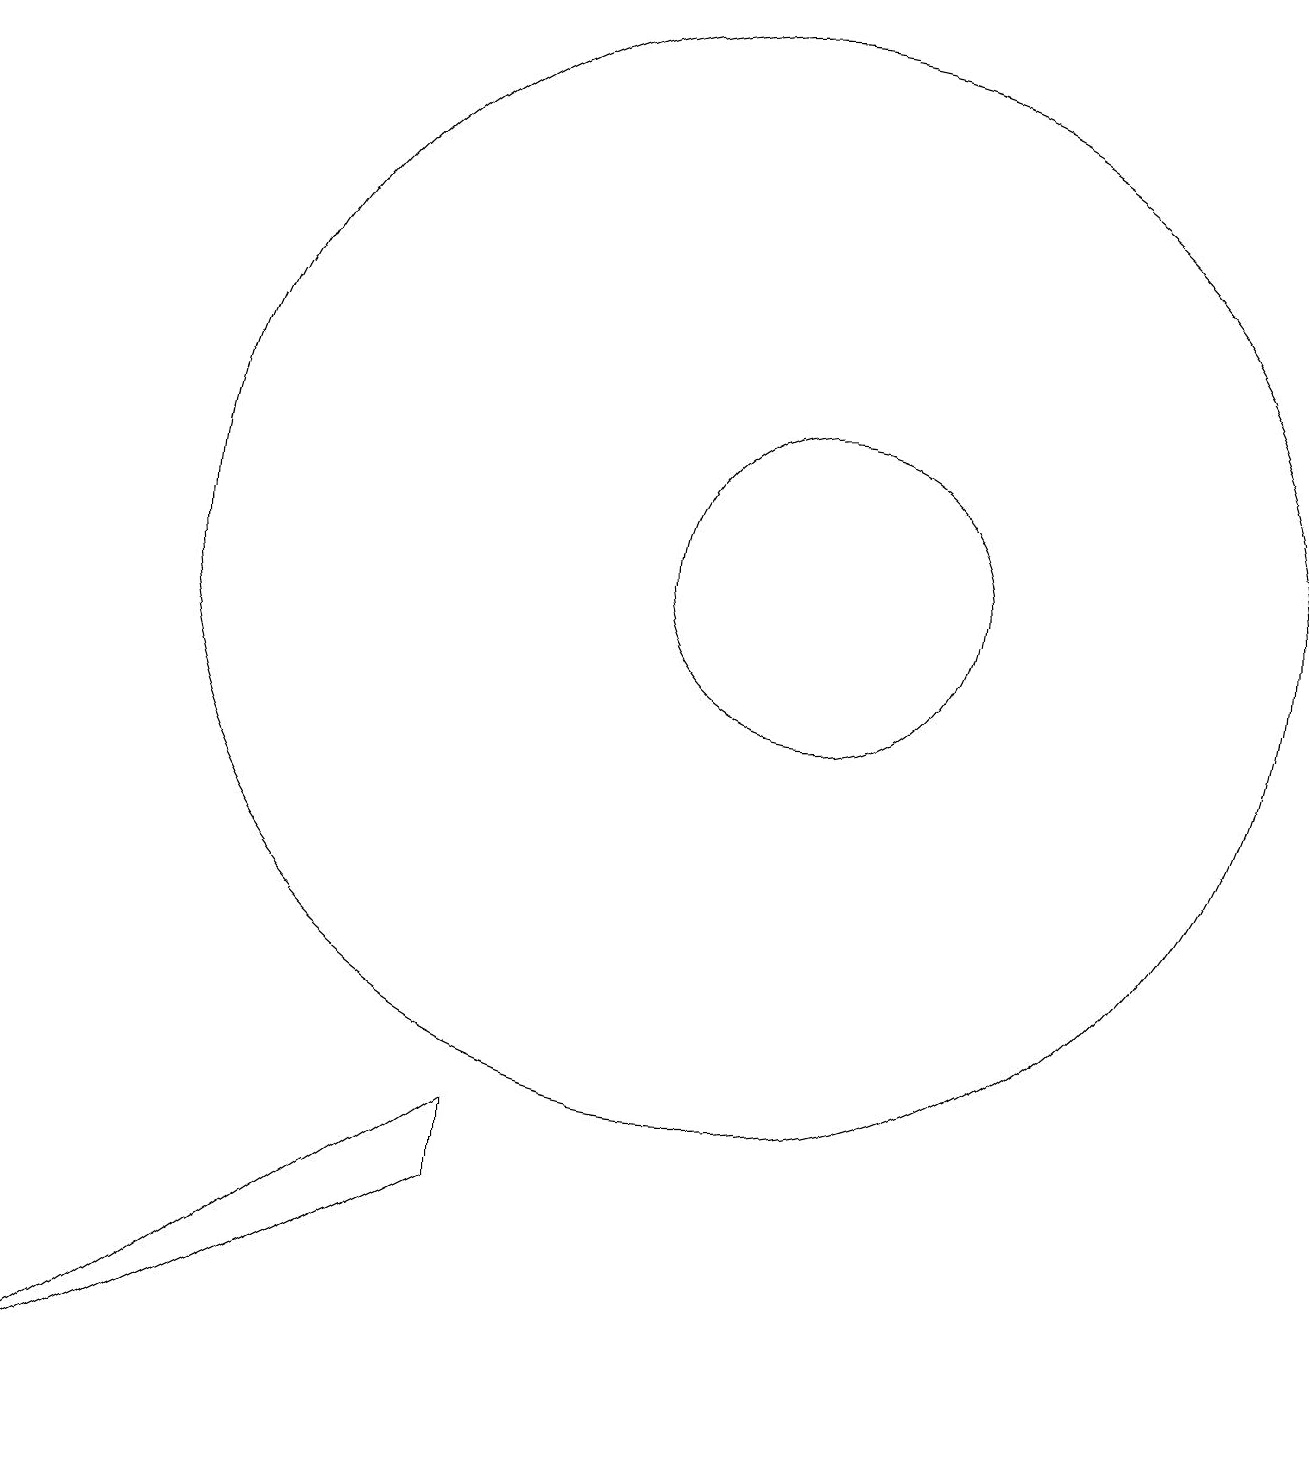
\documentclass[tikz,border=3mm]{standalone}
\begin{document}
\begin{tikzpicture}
\draw (11,12) circle (2);
\draw (10,12) circle (7);
\draw (1,1) -- (7,5) -- (7,4) -- cycle;
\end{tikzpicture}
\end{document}